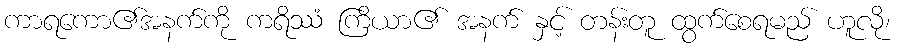
ကာရကော၏အနက်ကို ကရိဿံ ကြိယာ၏ အနက် နှင့် တန်းတူ ထွက်စေရမည် ဟူလို၊